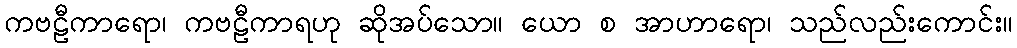
ကဗဠီကာရော၊ ကဗဠီကာရဟု ဆိုအပ်သော။ ယော စ အာဟာရော၊ သည်လည်းကောင်း။